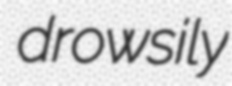
drowsily